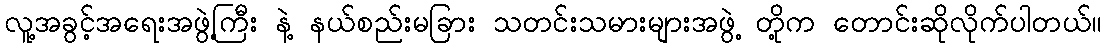
လူ့အခွင့်အရေးအဖွဲ့ကြီး နဲ့ နယ်စည်းမခြား သတင်းသမားများအဖွဲ့ တို့က တောင်းဆိုလိုက်ပါတယ်။